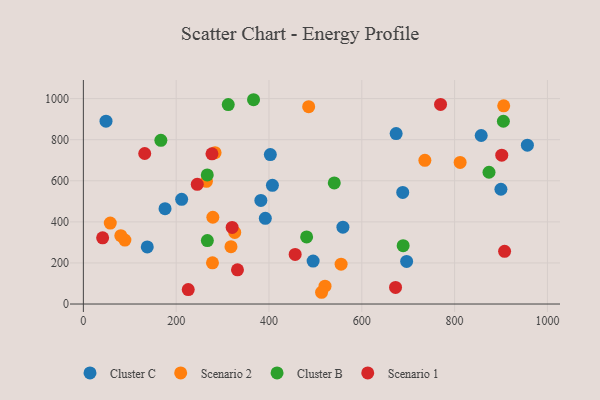
{"axis": {"x": "Price", "y": "Profit"}, "legend": ["Cluster B", "Cluster C", "Scenario 1", "Scenario 2"], "data": [{"x": "559.3", "y": 374.0, "type": "Cluster C"}, {"x": "176.0", "y": 464.4, "type": "Cluster C"}, {"x": "48.8", "y": 890.4, "type": "Cluster C"}, {"x": "137.7", "y": 278.2, "type": "Cluster C"}, {"x": "674.0", "y": 829.7, "type": "Cluster C"}, {"x": "407.4", "y": 577.8, "type": "Cluster C"}, {"x": "382.5", "y": 504.5, "type": "Cluster C"}, {"x": "688.2", "y": 543.5, "type": "Cluster C"}, {"x": "392.1", "y": 417.0, "type": "Cluster C"}, {"x": "857.3", "y": 820.5, "type": "Cluster C"}, {"x": "956.8", "y": 773.1, "type": "Cluster C"}, {"x": "211.8", "y": 509.9, "type": "Cluster C"}, {"x": "402.9", "y": 727.8, "type": "Cluster C"}, {"x": "899.8", "y": 558.7, "type": "Cluster C"}, {"x": "696.6", "y": 207.3, "type": "Cluster C"}, {"x": "495.1", "y": 209.0, "type": "Cluster C"}, {"x": "318.1", "y": 279.1, "type": "Scenario 2"}, {"x": "89.5", "y": 311.5, "type": "Scenario 2"}, {"x": "555.4", "y": 193.8, "type": "Scenario 2"}, {"x": "283.8", "y": 736.9, "type": "Scenario 2"}, {"x": "58.0", "y": 394.2, "type": "Scenario 2"}, {"x": "485.5", "y": 960.6, "type": "Scenario 2"}, {"x": "811.9", "y": 689.2, "type": "Scenario 2"}, {"x": "326.2", "y": 348.4, "type": "Scenario 2"}, {"x": "265.2", "y": 597.5, "type": "Scenario 2"}, {"x": "278.2", "y": 200.5, "type": "Scenario 2"}, {"x": "80.7", "y": 332.9, "type": "Scenario 2"}, {"x": "735.9", "y": 699.8, "type": "Scenario 2"}, {"x": "279.0", "y": 422.4, "type": "Scenario 2"}, {"x": "520.7", "y": 87.0, "type": "Scenario 2"}, {"x": "513.3", "y": 57.2, "type": "Scenario 2"}, {"x": "905.8", "y": 964.8, "type": "Scenario 2"}, {"x": "481.1", "y": 326.6, "type": "Cluster B"}, {"x": "874.1", "y": 641.5, "type": "Cluster B"}, {"x": "267.0", "y": 628.6, "type": "Cluster B"}, {"x": "540.7", "y": 589.4, "type": "Cluster B"}, {"x": "905.1", "y": 889.9, "type": "Cluster B"}, {"x": "366.7", "y": 994.6, "type": "Cluster B"}, {"x": "267.2", "y": 308.7, "type": "Cluster B"}, {"x": "167.0", "y": 796.8, "type": "Cluster B"}, {"x": "689.1", "y": 283.9, "type": "Cluster B"}, {"x": "312.2", "y": 971.2, "type": "Cluster B"}, {"x": "41.5", "y": 322.4, "type": "Scenario 1"}, {"x": "320.6", "y": 373.0, "type": "Scenario 1"}, {"x": "245.4", "y": 582.8, "type": "Scenario 1"}, {"x": "769.7", "y": 971.8, "type": "Scenario 1"}, {"x": "456.4", "y": 241.5, "type": "Scenario 1"}, {"x": "672.7", "y": 80.6, "type": "Scenario 1"}, {"x": "901.6", "y": 724.5, "type": "Scenario 1"}, {"x": "907.7", "y": 256.8, "type": "Scenario 1"}, {"x": "332.1", "y": 166.3, "type": "Scenario 1"}, {"x": "277.1", "y": 731.3, "type": "Scenario 1"}, {"x": "226.0", "y": 70.2, "type": "Scenario 1"}, {"x": "132.2", "y": 732.7, "type": "Scenario 1"}]}